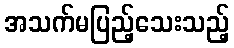
အသက်မပြည့်သေးသည့်